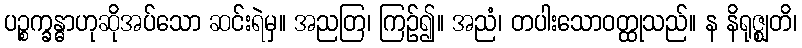
ပဉ္စက္ခန္ဓာဟုဆိုအပ်သော ဆင်းရဲမှ။ အညတြ၊ ကြဉ်၍။ အညံ၊ တပါးသောဝတ္ထုသည်။ န နိရုဇ္ဈတိ၊